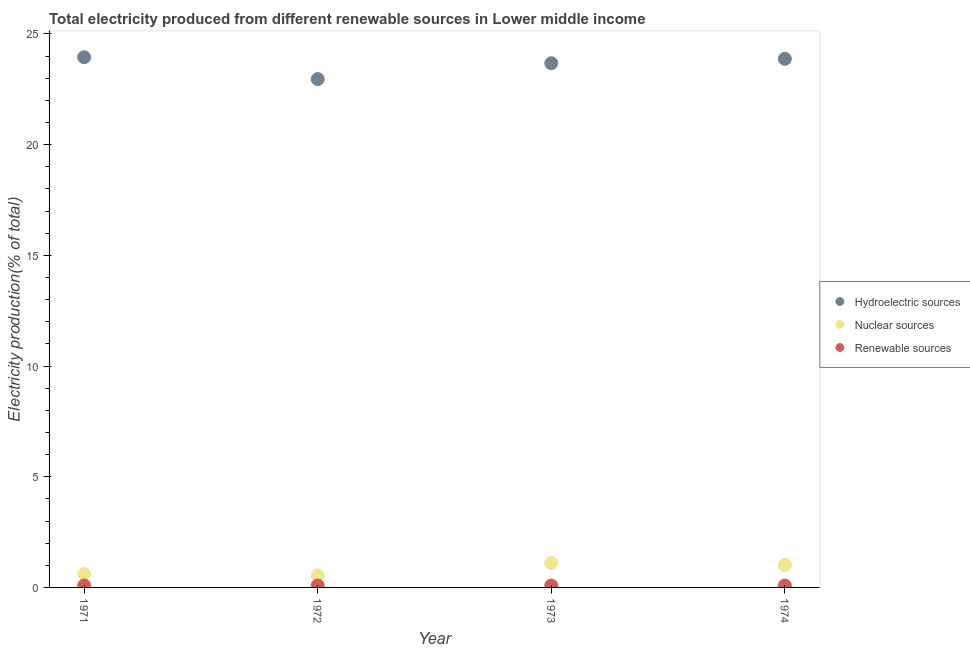
| Year | Hydroelectric sources | Nuclear sources | Renewable sources |
 | --- | --- | --- | --- |
 | 1971 | 24 | 0.613 | 0.0872 |
 | 1972 | 23 | 0.54 | 0.0859 |
 | 1973 | 23.7 | 1.1 | 0.0853 |
 | 1974 | 23.9 | 1.02 | 0.0858 |